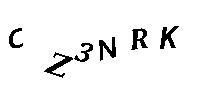
CZ3NRK